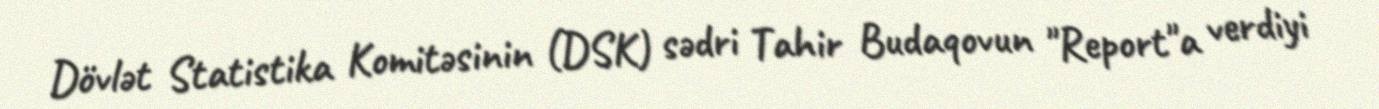
Dövlət Statistika Komitəsinin (DSK) sədri Tahir Budaqovun "Report"a verdiyi